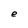
Character: e